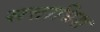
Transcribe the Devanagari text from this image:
सत्ताधिश